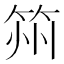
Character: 𮵰